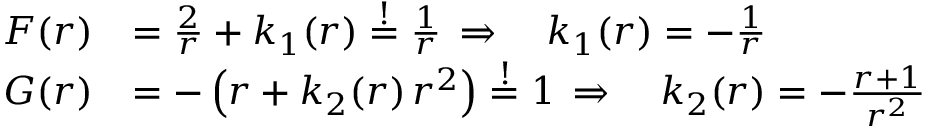
\begin{array} { r l } { F ( r ) } & { = \frac { 2 } { r } + k _ { 1 } ( r ) \overset { ! } { = } \frac { 1 } { r } \, \Rightarrow \quad k _ { 1 } ( r ) = - \frac { 1 } { r } } \\ { G ( r ) } & { = - \left( r + k _ { 2 } ( r ) \, r ^ { 2 } \right) \overset { ! } { = } 1 \, \Rightarrow \quad k _ { 2 } ( r ) = - { \frac { r + 1 } { { r } ^ { 2 } } } } \end{array}